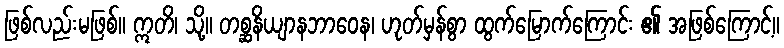
ဖြစ်လည်းမဖြစ်။ ဣတိ၊ သို့။ တစ္ဆနိယျာနဘာဝေန၊ ဟုတ်မှန်စွာ ထွက်မြောက်ကြောင်း ၏ အဖြစ်ကြောင့်။